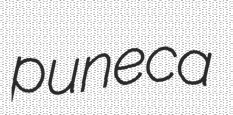
puneca